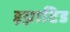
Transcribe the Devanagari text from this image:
इग्नाटिड